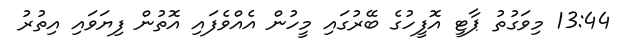
13:44 މިވަގުތު ޕާޓީ އޮފީހުގެ ބޭރުގައި މީހުން އެއްވެފައި އޮތުން ފިޔަވައި އިތުރު